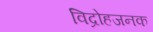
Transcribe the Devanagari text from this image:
विद्रोहजनक